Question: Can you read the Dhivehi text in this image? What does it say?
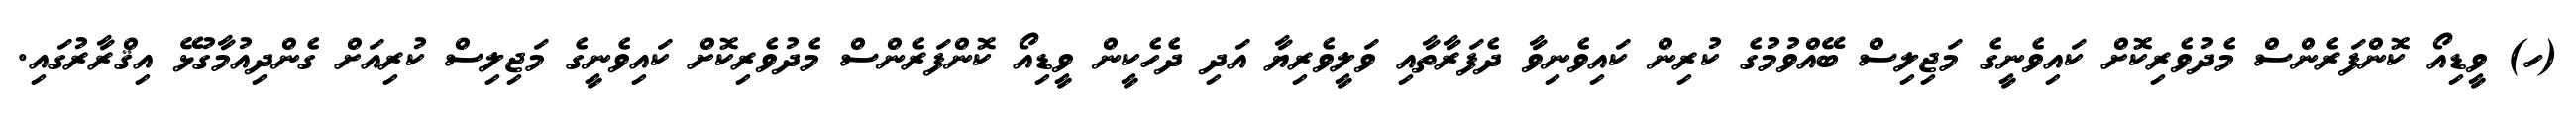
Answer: (ހ) ވީޑިއޯ ކޮންފަރެންސް މެދުވެރިކޮށް ކައިވެނީގެ މަޖިލިސް ބޭއްވުމުގެ ކުރިން ކައިވެނިވާ ދެފަރާތާއި ވަލީވެރިޔާ އަދި ދެހެކީން ވީޑިއޯ ކޮންފަރެންސް މެދުވެރިކޮށް ކައިވެނީގެ މަޖިލިސް ކުރިއަށް ގެންދިއުމާގުޅޭ އިޤްރާރުގައި.